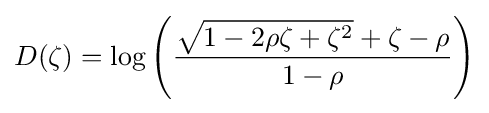
D(\zeta )=\log \left({\frac {{\sqrt {1-2\rho \zeta +\zeta ^{2}}}+\zeta -\rho }{1-\rho }}\right)